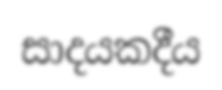
සාදයකදීය